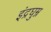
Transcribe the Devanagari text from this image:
इंद्रघुम्न